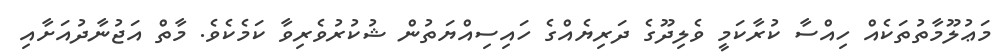
މަޢުލޫމާތުތަކެއް ހިއްސާ ކުރާކަމީ ވެލިދޫގެ ދަރިޔެއްގެ ހައިސިއްޔަތުން ޝުކުރުވެރިވާ ކަމެކެވެ. މާތް އަޖުނާދުއަށާއި